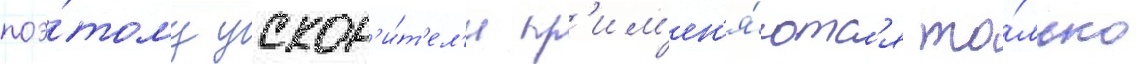
поэ́тому ускор'и́т'ел'и пр'им'ен'я́ютс'я то́лько